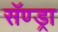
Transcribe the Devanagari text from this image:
सॅण्ड्रा